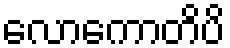
လောကောတိပိ